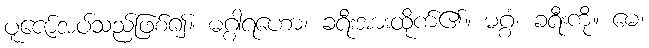
ပူဇော်အပ်သည်ဖြစ်၍။ မဂ္ဂါရဟော၊ ခရီးအားထိုက်၏။ မဂ္ဂံ၊ ခရီးကို။ မေ၊